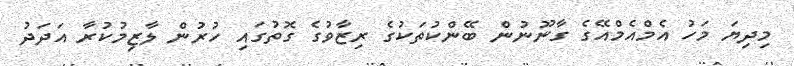
މިދިޔަ މަހު އެމްއެމްއޭގެ ގާނޫނުން ބޭންކުތަކުގެ ރިޒާވުގެ ގޮތުގައި ހުރުން ލާޒިމުކުރާ އަދަދު